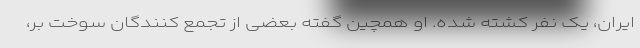
ایران، یک نفر کشته شده. او همچین گفته بعضی از تجمع کنندگان سوخت بر،